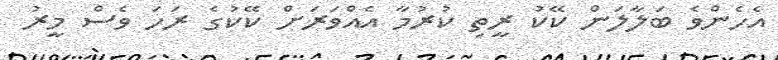
އެހެންވެ ބަލާލަން ކޭކު ރީތި ކުރުމާ އެއްވަރަށް ކޭކުގެ ރަހަ ވެސް މީރު